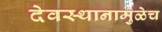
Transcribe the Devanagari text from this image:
देवस्थानामुळेच